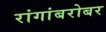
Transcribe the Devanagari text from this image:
रांगांबरोबर